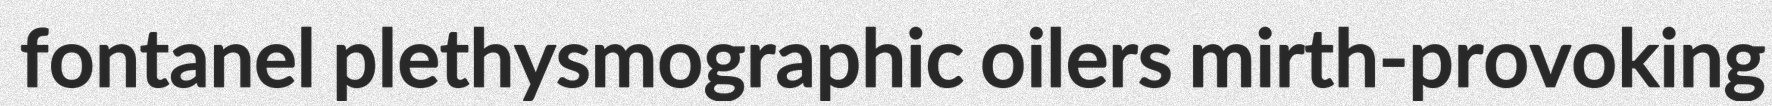
fontanel plethysmographic oilers mirth-provoking